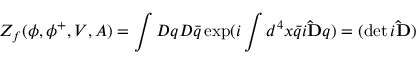
Z _ { f } ( \phi , \phi ^ { + } , V , A ) = \int { \cal D } q { \cal D } \bar { q } \exp ( i \int d ^ { 4 } x \bar { q } i { \bf \widehat { D } } q ) = ( \operatorname * { d e t } i { \bf \widehat { D } } )